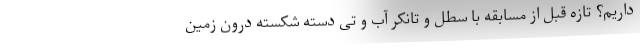
داریم؟ تازه قبل از مسابقه با سطل و تانکر آب و تی دسته شکسته درون زمین